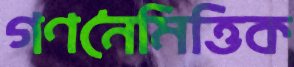
গণনৈমিত্তিক